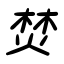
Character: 焚